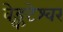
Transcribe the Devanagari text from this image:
वेङ्कटेश्वर